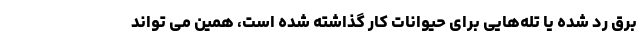
برق رد شده یا تله‌هایی برای حیوانات کار گذاشته شده است، همین می تواند